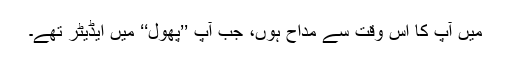
میں آپ کا اس وقت سے مداح ہوں، جب آپ ’’پھول‘‘ میں ایڈیٹر تھے۔